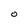
Character: O